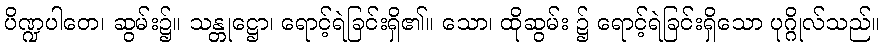
ပိဏ္ဍပါတေ၊ ဆွမ်း၌။ သန္တုဋ္ဌော၊ ရောင့်ရဲခြင်းရှိ၏။ သော၊ ထိုဆွမ်း ၌ ရောင့်ရဲခြင်းရှိသော ပုဂ္ဂိုလ်သည်။